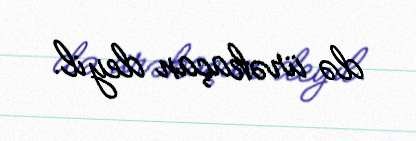
də ürəkaçan deyil.